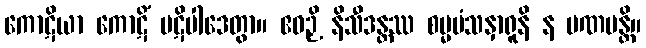
ကောဋိယာ ကောဋိံ ပဋိပါဒေတွာ။ ဧဝဉှိ နိသီဒန္တဿ စမ္မမံသနှာရူနိ န ပဏမန္တိ။